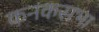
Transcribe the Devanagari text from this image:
कनकसभा